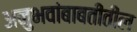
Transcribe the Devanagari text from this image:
अनुभवांबाबतीतील